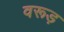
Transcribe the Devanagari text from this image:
वरूड़